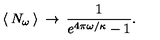
\: \langle \: N _ { \omega } \: \rangle \: \rightarrow \: \frac { 1 } { e ^ { 4 \pi \omega / \kappa } - 1 } . \: